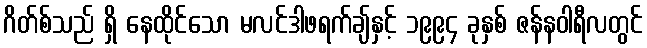
ဂိတ်စ်သည် ရှိ နေထိုင်သော မလင်ဒါဖရက်ချ်နှင့် ၁၉၉၄ ခုနှစ် ဇန်နဝါရီလတွင်